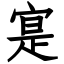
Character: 寔